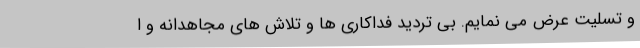
و تسلیت عرض می نمایم. بی تردید فداکاری ها و تلاش های مجاهدانه و ا